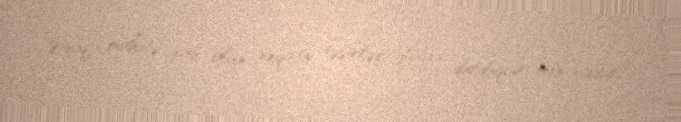
Ətraf mühitə xas olan neqativ təsirlər dünya durduqca mövcuddur.